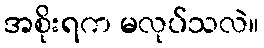
အစိုးရက မလုပ်သလဲ။